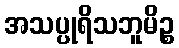
အသပ္ပုရိသဘူမိဉ္စ